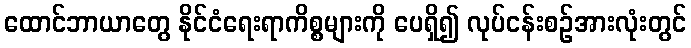
ထောင်ဘာယာတွေ နိုင်ငံရေးရာကိစ္စများကို ပေရှိ၍ လုပ်ငန်းစဉ်အားလုံးတွင်